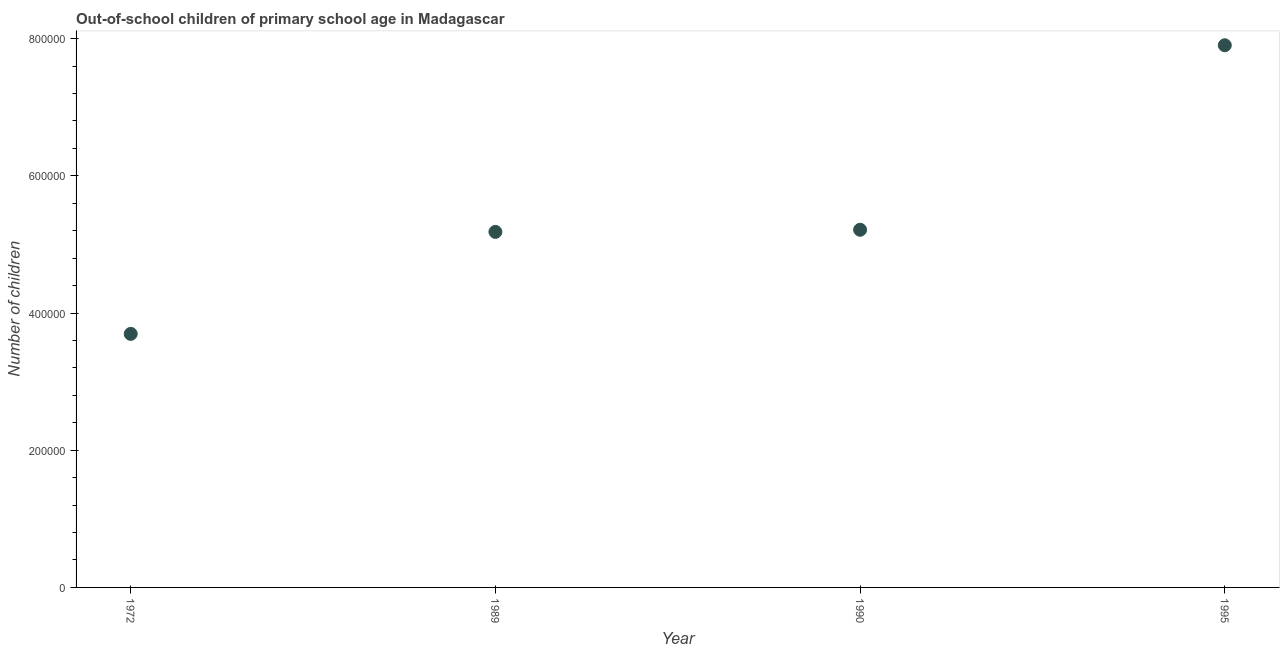
| Year | Out-of-school children of primary school age |
 | --- | --- |
 | 1972 | 3.7e+05 |
 | 1989 | 5.18e+05 |
 | 1990 | 5.21e+05 |
 | 1995 | 7.9e+05 |